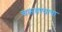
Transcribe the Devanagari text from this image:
चकवण्याचा